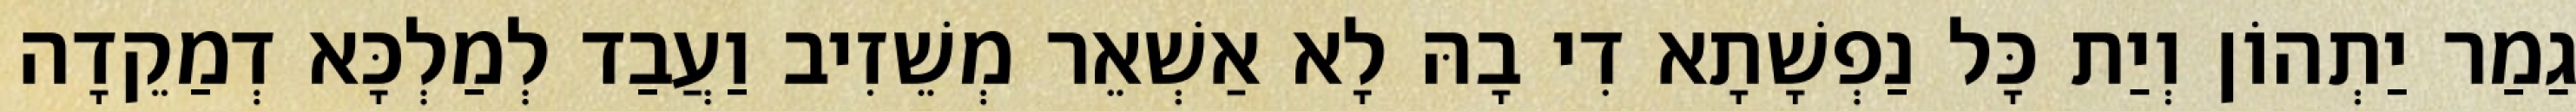
גַמַר יַתְהוֹן וְיַת כָּל נַפְשָׁתָא דִי בָהּ לָא אַשְׁאֵר מְשֵׁזִיב וַעֲבַד לְמַלְכָּא דְמַקֵדָה